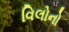
વિલોનો